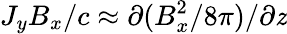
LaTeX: J_{y}B_{x}/c\approx\partial(B_{x}^{2}/8\pi)/\partial\mathit{z}